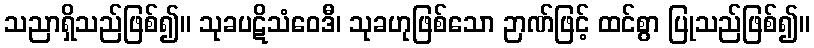
သညာရှိသည်ဖြစ်၍။ သုခပဋိသံဝေဒီ၊ သုခဟုဖြစ်သော ဉာဏ်ဖြင့် ထင်စွာ ပြုသည်ဖြစ်၍။